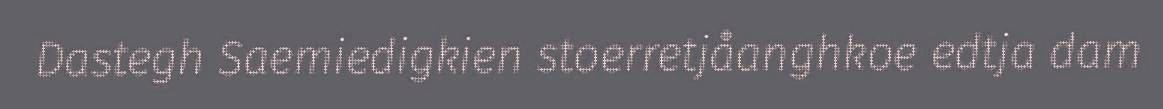
Dastegh Saemiedigkien stoerretjåanghkoe edtja dam